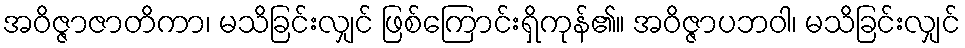
အဝိဇ္ဇာဇာတိကာ၊ မသိခြင်းလျှင် ဖြစ်ကြောင်းရှိကုန်၏။ အဝိဇ္ဇာပဘဝါ၊ မသိခြင်းလျှင်